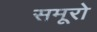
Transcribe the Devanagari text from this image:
समूरो